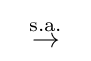
\;\;{\stackrel {\textrm {s.a.}}{\to }}\;\;